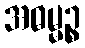
အဓမ္မဉ္စ